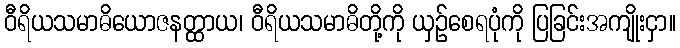
ဝီရိယသမာဓိယောဇနတ္ထာယ၊ ဝီရိယသမာဓိတို့ကို ယှဉ်စေရပုံကို ပြခြင်းအကျိုးငှာ။